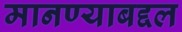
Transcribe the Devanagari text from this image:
मानण्याबद्दल